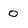
Character: O